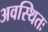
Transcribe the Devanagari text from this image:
अवस्थितः